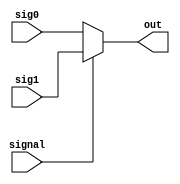
module Mux2(signal, 
sig1, 
sig0, 
out
);
input signal;
input [31:0] sig1, sig0;
output [31:0] out;

assign out = (signal)? sig1 : sig0 ;

endmodule